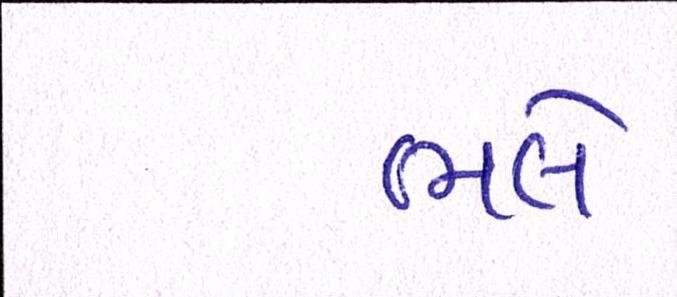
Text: ભલે